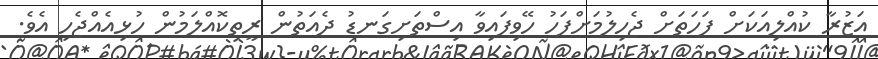
އަޒުރާ ކުއްލިއަކަށް ފަހަތަށް ޖެހިލުމަށްފަހު ހޭވިފައިވާ އިސްތަށިގަނޑު ދެއަތުން ރީތިކޮއްލަމުން ހުޅިއެއްޖެހި އެވެ.